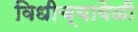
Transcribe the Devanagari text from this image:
विधीच्यावेळी